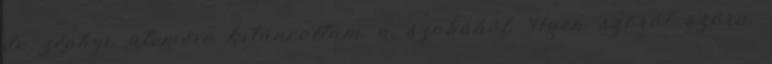
de zéphyr ütemére kitáncoltam a szobából. Igen szóról szóra